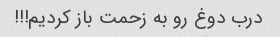
درب دوغ رو به زحمت باز کردیم!!!